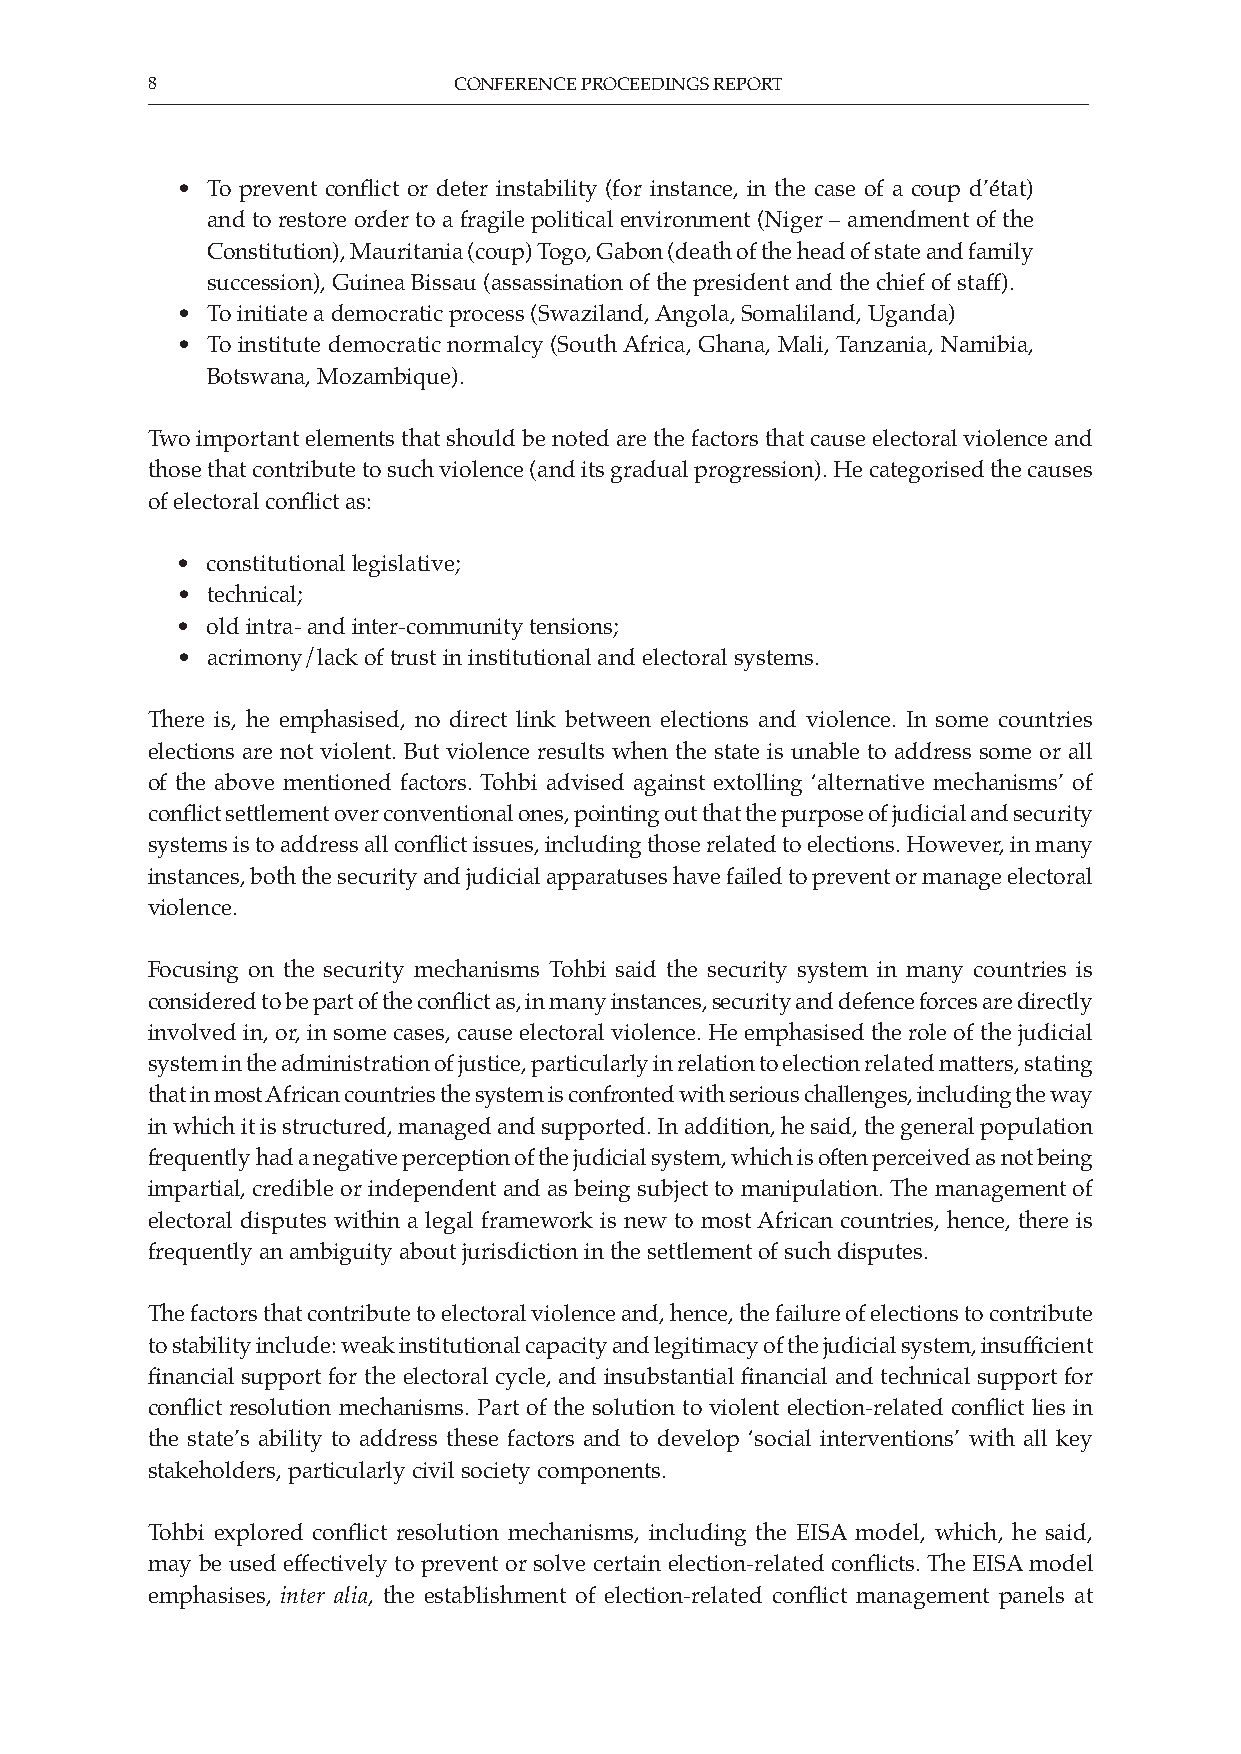
8                   CONFERENCE PROCEEDINGS REPORT
 • To prevent conflict or deter instability (for instance, in the case of a coup d’état)
 and to restore order to a fragile political environment (Niger – amendment of the
 Constitution), Mauritania (coup) Togo, Gabon (death of the head of state and family
 succession), Guinea Bissau (assassination of the president and the chief of staff).
 • To initiate a democratic process (Swaziland, Angola, Somaliland, Uganda)
 • To institute democratic normalcy (South Africa, Ghana, Mali, Tanzania, Namibia,
 Botswana, Mozambique).
 Two important elements that should be noted are the factors that cause electoral violence and
 those that contribute to such violence (and its gradual progression). He categorised the causes
 of electoral conflict as:
 • constitutional legislative;
 • technical;
 • old intra- and inter-community tensions;
 • acrimony/lack of trust in institutional and electoral systems.
 There is, he emphasised, no direct link between elections and violence. In some countries
 elections are not violent. But violence results when the state is unable to address some or all
 of the above mentioned factors. Tohbi advised against extolling ‘alternative mechanisms’ of
 conflict settlement over conventional ones, pointing out that the purpose of judicial and security
 systems is to address all conflict issues, including those related to elections. However, in many
 instances, both the security and judicial apparatuses have failed to prevent or manage electoral
 violence.
 Focusing on the security mechanisms Tohbi said the security system in many countries is
 considered to be part of the conflict as, in many instances, security and defence forces are directly
 involved in, or, in some cases, cause electoral violence. He emphasised the role of the judicial
 system in the administration of justice, particularly in relation to election related matters, stating
 that in most African countries the system is confronted with serious challenges, including the way
 in which it is structured, managed and supported. In addition, he said, the general population
 frequently had a negative perception of the judicial system, which is often perceived as not being
 impartial, credible or independent and as being subject to manipulation. The management of
 electoral disputes within a legal framework is new to most African countries, hence, there is
 frequently an ambiguity about jurisdiction in the settlement of such disputes.
 The factors that contribute to electoral violence and, hence, the failure of elections to contribute
 to stability include: weak institutional capacity and legitimacy of the judicial system, insufficient
 financial support for the electoral cycle, and insubstantial financial and technical support for
 conflict resolution mechanisms. Part of the solution to violent election-related conflict lies in
 the state’s ability to address these factors and to develop ‘social interventions’ with all key
 stakeholders, particularly civil society components.
 Tohbi explored conflict resolution mechanisms, including the EISA model, which, he said,
 may be used effectively to prevent or solve certain election-related conflicts. The EISA model
 emphasises, inter alia, the establishment of election-related conflict management panels at